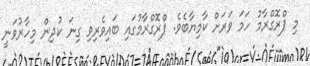
މި ޕްރޮގްރާމު ހަމަ ވަރަށް ކާމިޔާބެވެ. ޕްރޮގްރާމުގައި ބައިވެރިވި ގިނަ ކުދިން މިހާރުވަނީ